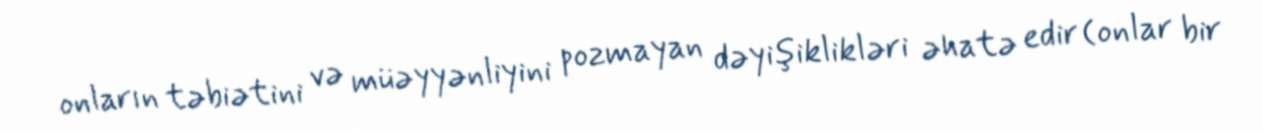
onların təbiətini və müəyyənliyini pozmayan dəyişiklikləri əhatə edir (onlar bir